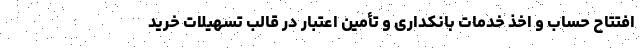
افتتاح حساب و اخذ خدمات بانکداری و تأمین اعتبار در قالب تسهیلات خرید